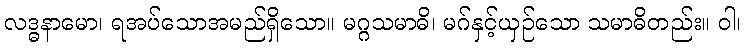
လဒ္ဓနာမော၊ ရအပ်သောအမည်ရှိသော။ မဂ္ဂသမာဓိ၊ မဂ်နှင့်ယှဉ်သော သမာဓိတည်း။ ဝါ၊